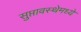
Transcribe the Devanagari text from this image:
सुप्तावस्थेमध्ये